Annual report of the Punjab Veterinary College and of the Civil Veterinary Department, Punjab - 1894-1908
Year: 1894
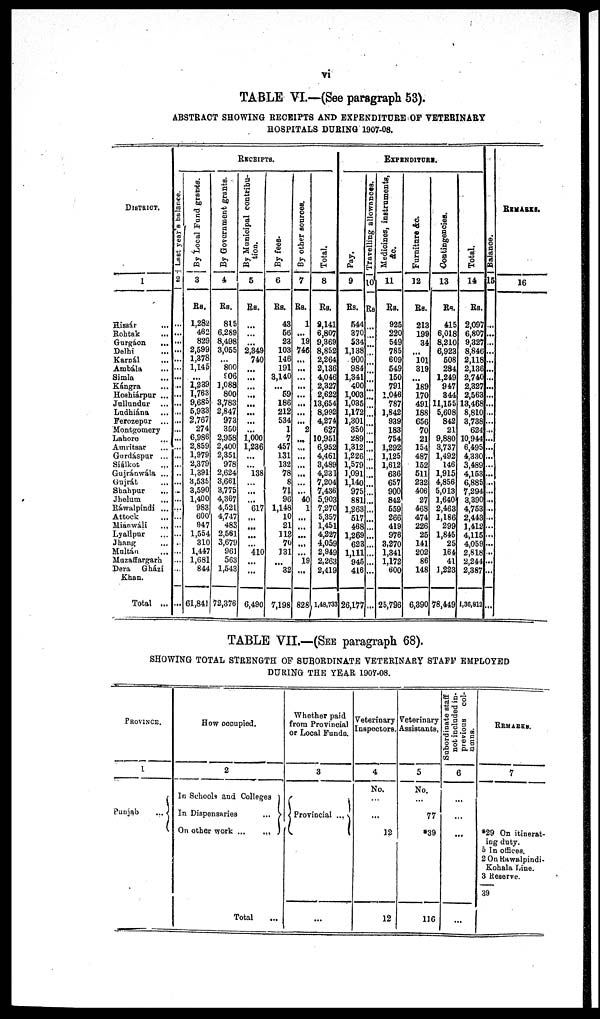
vi
TABLE VI.—(See paragraph 53).
ABSTRACT SHOWING RECEIPTS AND EXPENDITURE OF VETERINARY
HOSPITALS DURING 1907-08.
DISTRICT.
1
Hissár ...
Rohtak ...
Gurgáon ...
Delhi ...
Karnál ...
Ambála ...
Simla ...
Kángra ...
Hoshiárpur ...
Jullundur ...
Ludhiána ...
Ferozepur ...
Montgomery ...
Lahore ...
Amritsar ...
Gurdáspur ...
Siálkot ...
Gujránwála ...
Gujrát ...
Shahpur ...
Jhelum ...
Ráwalpindi ...
Attock ...
Mianwáli ...
Lyallpur ...
Jhang ...
Multán ...
Muzaffargarh
Dera Gházi
Khan. ...
Total ...
RECEIPTS.
Last
year's balance.
2
...
...
...
...
...
...
...
...
...
...
...
...
...
...
...
...
...
...
...
...
...
...
...
...
...
...
...
...
...
By Local Fund grants.
3
Rs.
1,282
462
829
2,599
1,378
1,145
...
1,239
1,763
9,680
5,933
2,767
274
6,986
2,859
1,979
2,379
1,391
3,535
3,590
1,400
983
600
947
1,554
310
1,447
1,681
844
61,841
By Government grants.
4
Rs.
815
6,289
8,498
3,055
...
800
906
3,088
800
3,783
2,847
973
350
2,958
2,400
2,351
978
2,624
3,661
3,775
4,367
4,521
4,747
483
2,561
3,679
961
563
1,543
72,376
By Municipal contribu-
tion.
5
Rs.
...
...
...
2,349
740
...
...
...
...
...
...
...
...
1,000
1,236
...
...
138
...
...
...
617
...
...
...
...
410
...
...
6,490
By fees-
6
Rs.
43
56
23
103
146
191
3,140
...
59
186
212
534
1
7
457
131
132
78
8
71
96
1,148
10
21
112
70
131
...
32
7,198
By other sources.
7
Rs.
1
...
19
746
...
...
...
...
...
...
...
...
2
...
...
...
...
...
...
...
40
1
...
...
...
...
...
19
...
828
Total.
8
Rs.
8,141
6,807
9,369
8,852
2,264
2,136
4,046
2,327
2,622
13,654
8,992
4,274
627
10,951
6,952
4,461
3,489
4,231
7,204
7,436
5,903
7,270
5,357
1,451
4,227
4,059
2,949
2,263
2,419
1,48,733
EXPENDITURE
Pay.
9
Rs.
544
370
534
1,138
900
984
1,341
400
1,003
1,035
1,172
1,301
350
289
1,312
1,226
1,579
1,091
1,140
975
881
1,263
517
488
1,269
623
1,111
945
416
26,177
Travelling allowances.
10
Rs
...
...
...
...
...
...
...
...
...
...
...
...
...
...
...
...
...
...
...
...
...
...
...
...
...
...
...
...
...
...
Medicines, instruments,
&c.
11
Rs.
925
220
549
785
609
549
150
791
1,046
787
1,842
939
183
754
1,292
1,125
1,612
636
657
900
842
559
266
419
976
3,270
1,341
1,172
600
25,796
Furniture & c.
12
Rs.
213
199
34
...
101
319
...
189
170
491
188
656
70
21
154
487
152
511
232
406
27
468
474
226
25
141
202
86
148
6,390
Contingencies.
13
Rs.
415
6,018
8,210
6,923
508
284
1,249
947
344
11,155
5,608
842
21
9,880
3,737
1,492
146
1,915
4,856
5,013
1,640
2,463
1,186
299
1,845
25
164
41
1,223
78,449
Total.
14
Rs.
2,097
6,807
9,327
8,846
2,118
2,136
2,740
2,327
2,563
13,468
8,810
3,738
624
10,944
6,495
4,330
3,489
4,153
6,885
7,294
3,390
4,753
2,443
1,412
4,115
4,059
2,818
2,244
2,387
1,36,812
Bal ance.
15
...
...
...
...
...
...
...
...
...
...
...
...
...
...
...
...
...
...
...
...
...
...
...
...
...
...
...
...
...
...
REMARKS
16
TABLE VII.—(SEE paragraph 68).
SHOWING TOTAL STRENGTH OF SUBORDINATE VETERINARY STAFF EMPLOYED
DURING THE YEAR 1907-08.
PROVINCE.
1
Punjab
...
How occupied.
2
In Schools and Colleges
In Dispensaries
...
On other
work...
...
Total ...
Whether paid
from Provincial
or Local Funds.
3
Provincial ...
...
Veterinary
Inspectors.
4
No.
...
12
12
Veterinary
Assistants.
5
No.
...
77
*39
116
Subordinate staff
not included in-
previous col-
umns.
6
...
...
REMARKS
7
*29 On itinerat-
ing duty.
5 In offices.
2 On Rawalpindi-
Kohala Line.
3 Reserve.
39